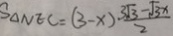
S _ { \Delta N E C } = ( 3 - x ) \frac { 3 \sqrt { 3 } - \sqrt { 3 } x } { 2 }